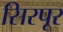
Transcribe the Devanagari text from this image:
सिरपूर